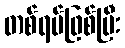
တစ်ရပ်ဖြစ်ပြီး